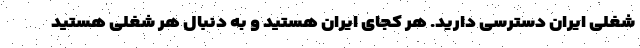
شغلی ایران دسترسی دارید. هر کجای ایران هستید و به دنبال هر شغلی هستید